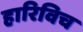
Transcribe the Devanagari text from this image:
हारिविच